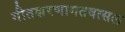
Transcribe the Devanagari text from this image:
गीतशरणागतवत्सल